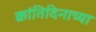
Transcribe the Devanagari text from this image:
क्रांतिदिनाच्या